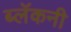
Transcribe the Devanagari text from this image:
ब्लॅकनी